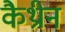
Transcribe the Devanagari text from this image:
कैथ्रीन